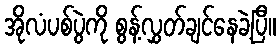
အိုလံပစ်ပွဲကို စွန့်လွှတ်ချင်နေခဲ့ပြီ။